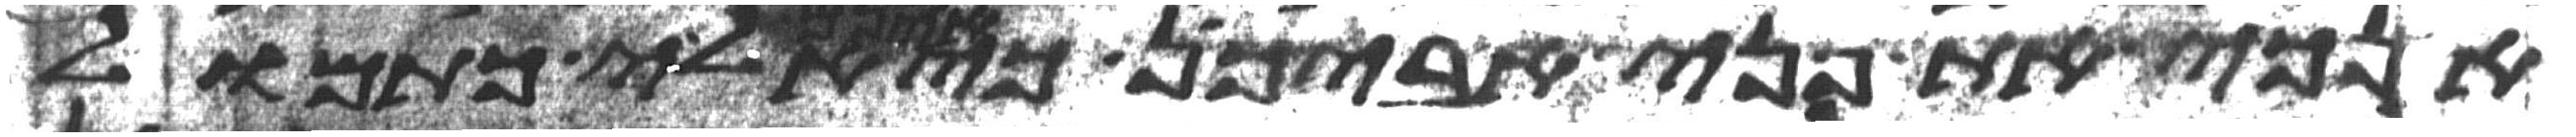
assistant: אנכי את פני אביכן כי אינם אלי כתמול